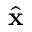
\hat { \bf x }